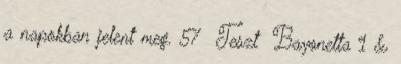
a napokban jelent meg. 57 Teszt Bayonetta 1 &